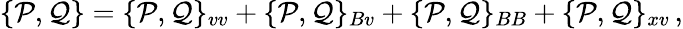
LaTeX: \{ \mathcal{P},\mathcal{Q}\} =\{ \mathcal{P},\mathcal{Q}\} _{vv}+\{ \mathcal{P},\mathcal{Q}\} _{Bv}+\{ \mathcal{P},\mathcal{Q}\} _{BB}+\{ \mathcal{P},\mathcal{Q}\} _{xv}\, ,